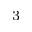
^ 3